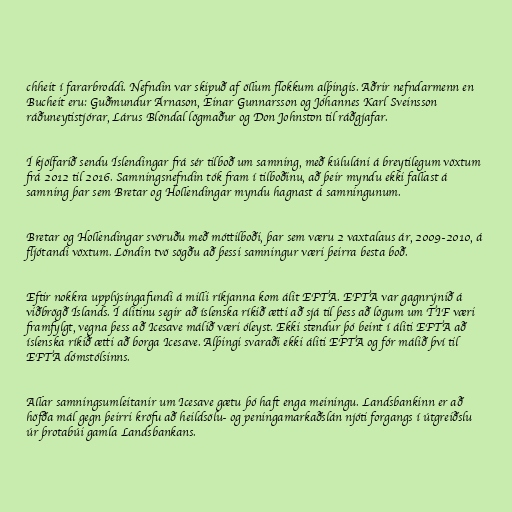
chheit í fararbroddi. Nefndin var skipuð af öllum flokkum alþingis. Aðrir nefndarmenn en
Bucheit eru: Guðmundur Árnason, Einar Gunnarsson og Jóhannes Karl Sveinsson
ráðuneytistjórar, Lárus Blöndal lögmaður og Don Johnston til ráðgjafar.

Í kjölfarið sendu Íslendingar frá sér tilboð um samning, með kúluláni á breytilegum vöxtum
frá 2012 til 2016. Samningsnefndin tók fram í tilboðinu, að þeir myndu ekki fallast á
samning þar sem Bretar og Hollendingar myndu hagnast á samningunum.

Bretar og Hollendingar svöruðu með móttilboði, þar sem væru 2 vaxtalaus ár, 2009-2010, á
fljótandi vöxtum. Löndin tvö sögðu að þessi samningur væri þeirra besta boð.

Eftir nokkra upplýsingafundi á milli ríkjanna kom álit EFTA. EFTA var gagnrýnið á
viðbrögð Íslands. Í álitinu segir að íslenska ríkið ætti að sjá til þess að lögum um TIF væri
framfylgt, vegna þess að Icesave málið væri óleyst. Ekki stendur þó beint í áliti EFTA að
íslenska ríkið ætti að borga Icesave. Alþingi svaraði ekki áliti EFTA og fór málið því til
EFTA dómstólsinns.

Allar samningsumleitanir um Icesave gætu þó haft enga meiningu. Landsbankinn er að
höfða mál gegn þeirri kröfu að heildsölu- og peningamarkaðslán njóti forgangs í útgreiðslu
úr þrotabúi gamla Landsbankans.